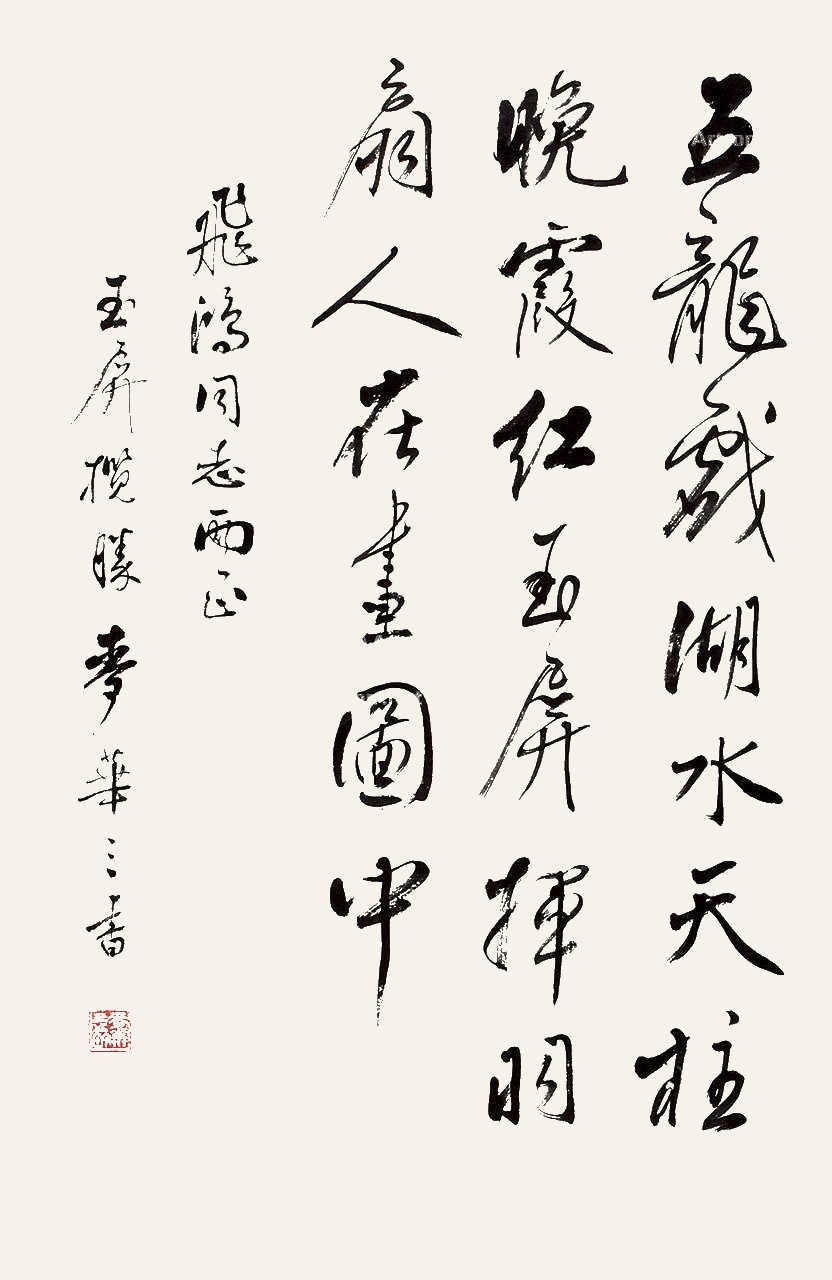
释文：五龙戏湖水，天柱晚霞红。玉屏挥羽扇，人在画图中。飞鸿同志两正，玉屏揽胜麦华三。